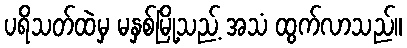
ပရိသတ်ထဲမှ မနှစ်မြို့သည့် အသံ ထွက်လာသည်။